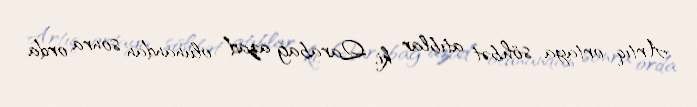
Artıq ortaya söhbət atıblar ki, Qarabağ azad olunandan sonra orda